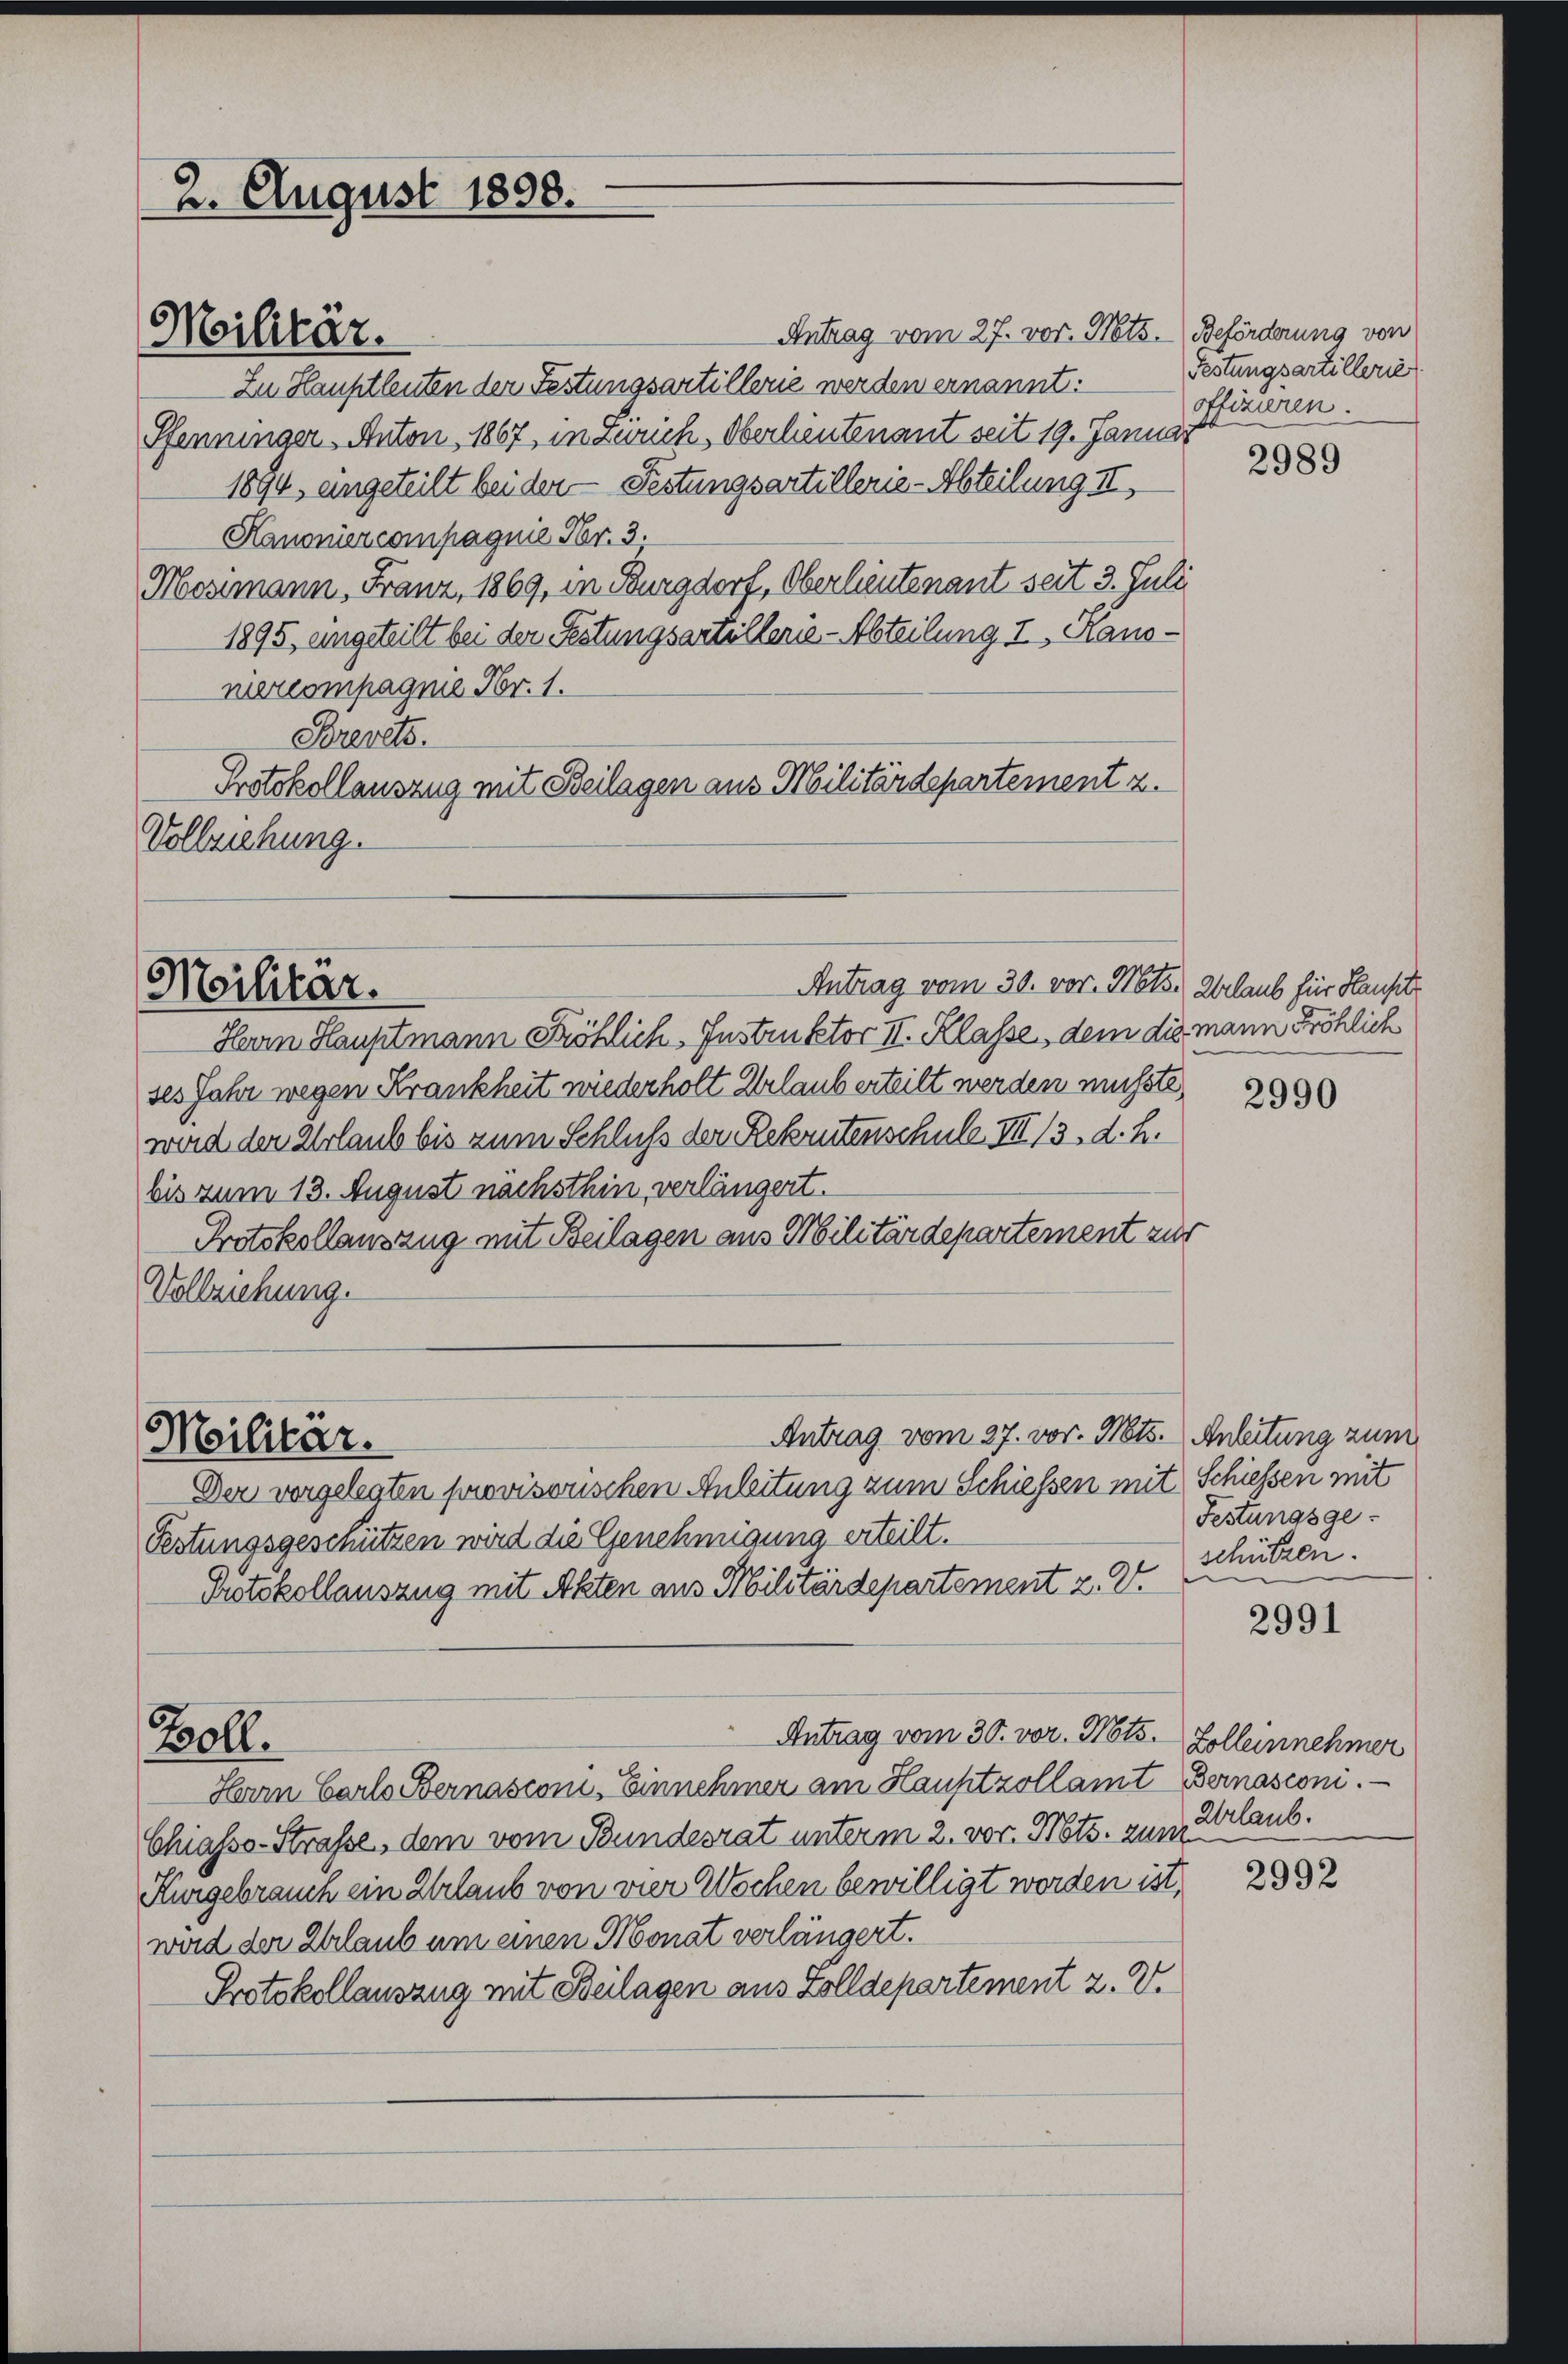
Zu Hauptleuten der Festungsartillerie werden ernannt:
Pfenninger Anton, 1867, in Zürich, Oberlieutenant seit 19. Januar
1894, eingeteilt bei der Festungsartillerie-Abteilung III,
Kanoniercompagnie Fr. 3.
Mosimann, Franz, 1869, in Burgdorf, Oberlieutenant seit 3. Juli
1895, eingeteilt bei der Festungsartellerie-Abteilung I. Kanoniercompagnie Xbr. 1.
Brevets.
Protokollauszug mit Beilagen aus Militärdepartement z.
Vollziehung.

Militär.

2. August 1898.

Militär.

Militär.

Herrn Hauptmann Fröhlich-Instruktor II. Klasse, dem die mann Fröhlich
ses Jahr wegen Krankheit wiederholt Erlaub erteilt werden musste,
wird der Urlaub bis zum Schluß der Rekrutenschule III 13. d. h.
bis zum 13. August nachsthin, verlängert.
Protokollauszug mit Beilagen aus Militärdepartement zur
Vollziehung.
Antrag vom 27. vor. Mts. Anleitung zum
Der vorgelegten provisorischen Anleitung zum Schiessen mit Schiessen mit
Festungsgeschützen wird die Genehmigung erteilt.
Protokollauszug mit Akten aus Militärdepartement z. V.
Antrag vom 30. vor. Mts. Zolleinnehmer
Boll.
Herrn Carls Bernasconi, Einnehmer am Hauptzollamt Bernasconi.
Chiasso-Straße, dem vom Bundesrat unterm 2. vor. Nots. zum
Kurgebrauch ein Urlaub von vier Wochen bewilligt worden ist,
wird der Erlaub um einen Monat verlängert.
Protokollauszug mit Beilagen aus Zolldepartement 2. V.

Antrag vom 30. vor. Mts. Erlaub für Haupt

Antrag vom 27. vor. Mts. Beförderung von

Festungsartillerie
offizieren.

2989

2990

Festungsge-
schützen.
.

2991

Urlaub.

2992